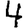
Digit: 4